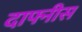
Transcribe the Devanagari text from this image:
दाफ्नीस